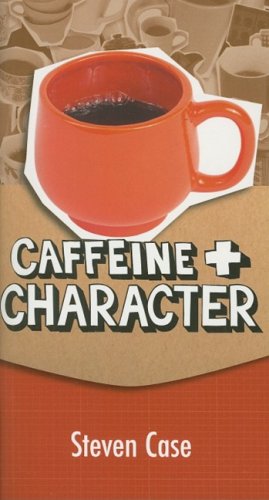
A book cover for Caffeine and Character; Steve L. Case; Health, Fitness & Dieting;